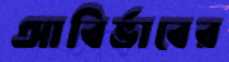
আবির্ভাবের